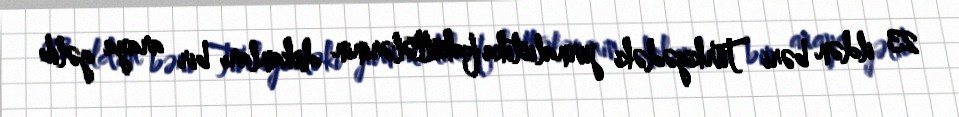
23 ildən bəri Türkiyədəki jurnalistika fakültələrinin dekanları bir araya gəlib